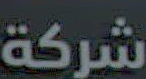
شركة